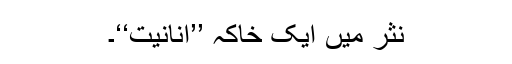
نثر میں ایک خاکہ ’’انانیت‘‘۔